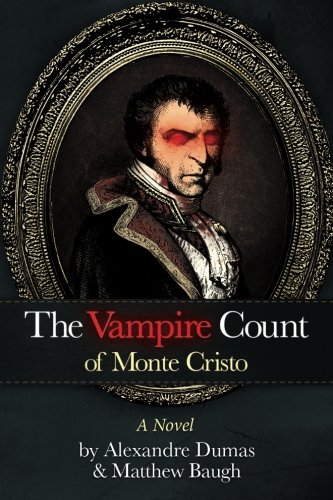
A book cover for The Vampire Count of Monte Cristo; Matthew Baugh; Literature & Fiction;